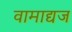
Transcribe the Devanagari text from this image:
वामाद्यज